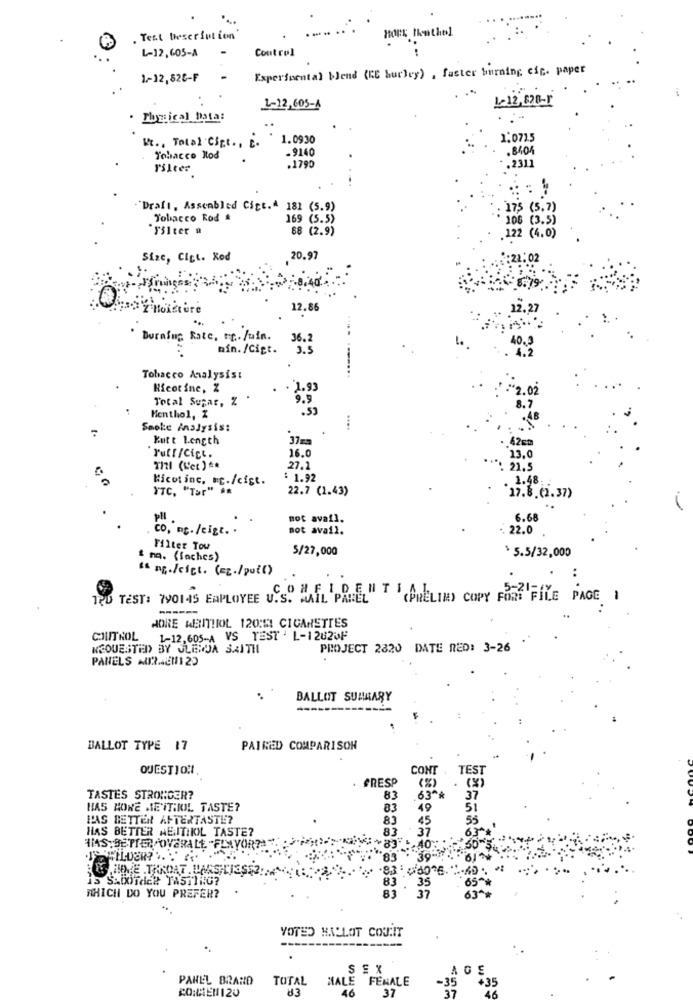
. Test Description'
HOPE Tothe1
L-12,605-A
Control
Experimental bend (KE burley) , faster burning cip. paper
1-12,82C-F
L-12, 820-r
L-12,605-4
Tlogical Data:
Ht ., Total 'Cit ., P.
1.0930
1.0715
.9140
Tobacco Mod
2311
Filter
.1790
"Draft, Assembled Citt.# 181 (5.9)
175 (5,7)
Tobacco Rod A
169 (5.5)
106 (3.5)
Filter #
68 (2.9)
122 (4.0)
Size, Cigt. Rod
20.97
2 moisture
12.86
Burafug Rate. Fr .. Juin.
36.
min. /Cigt.
3.5
4.2
Tobacco Analysis:
Hicorine, Z
2.02
Total Sugar, Z
9.9
.33
Menthol, %
Smoke Analysis:
Kutt Length
16.0
23.0
Puff/Cict.
TIZI (L'et) **
27.1
: 22,5
Nicotinc. c./cist.
$ 1.92
.1.48
YTC. "Tar" **
22.7 (1.43)
27.8.(2.37)
Pll
not avai].
6.68
co, mc. /cigt. .
not avail.
22.0
Filter Tou
5/27,000
$ 5.5/32,000
& mq. (faches)
Is ng./cict. (=g./pot()
..
TOD TEST: 790145 EMPLOYEE U.S. MAIL PANEL
CONFIDENT AREIN) COPY FORT FILE PAGE 1
MORE MENTHOL 120:11 CIGARETTES
COJUTROL
1-12,605-A VS TEST ' L-12620F
REQUESTED BY JLESOJA SAITH
PROJECT 2820 DATE RED: 3-26
PANELS AURAEN1 25
BALLOT SUMMARY
BALLOT TYPE 17
PAIRED COMPARISON
QUESTION1
CONT
TEST
RESP
TASTES STRONGER?
83
63^^
HAS KONE METTIOL TASTE?
83
19
PAS BETTER AFTERTASTE?
83
HAS BETTER NENITHIOL TASTE?
83
37
+83"
HAS.SE PIER "OVERALL. "FLAVOR?""
83
S.HOPE .THROAT . DAESHLIES
is SADofde# TASTING?
65 **
83 . 35
83
WHICH DO YOU PREFER?
37
63 **
VOTED HALLOT COU:IT
SEX
G
PANEL BRAND TOTAL
MALE FEMALE
-35
COMMENT120
83
46
37
+35